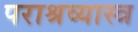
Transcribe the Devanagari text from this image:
पराश्रव्यास्त्र